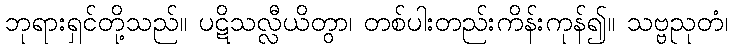
ဘုရားရှင်တို့သည်။ ပဋိသလ္လီယိတွာ၊ တစ်ပါးတည်းကိန်းကုန်၍။ သဗ္ဗညုတံ၊